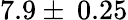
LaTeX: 7.9\pm\: 0.25